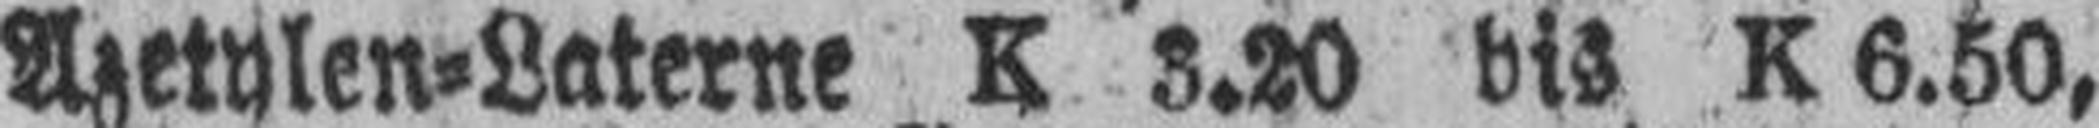
Azetylen=Laterne K 3.20 bis K 6.50,